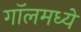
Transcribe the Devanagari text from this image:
गॉलमध्ये